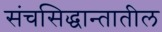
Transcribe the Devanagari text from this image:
संचसिद्धान्तातील